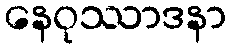
နေဝုဿာဒနာ